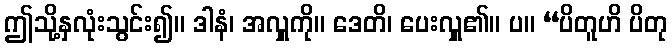
ဤသို့နှလုံးသွင်း၍။ ဒါနံ၊ အလှူကို။ ဒေတိ၊ ပေးလှူ၏။ ပ။ “ပိတူဟိ ပိတု